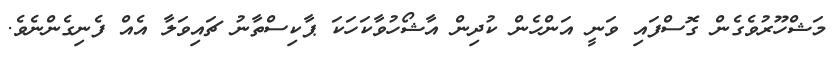
މަޝްހޫރުވެގެން ގޮސްފައި ވަނީ އަންހެން ކުދިން އާޝޯހުވާކަހަކަ ޕާކިސްތާނު ޗައިވަލާ އެއް ފެނިގެންނެވެ.